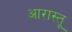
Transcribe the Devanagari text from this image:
आरास्तू